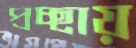
প্রচ্ছায়